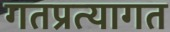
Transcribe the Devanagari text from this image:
गतप्रत्यागत